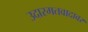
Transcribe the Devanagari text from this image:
उदारमतवादावर